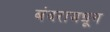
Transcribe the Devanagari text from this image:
बंदरामधून